Calcutta medical institutions reports 1879-81 [i.e.91]
Year: 1879
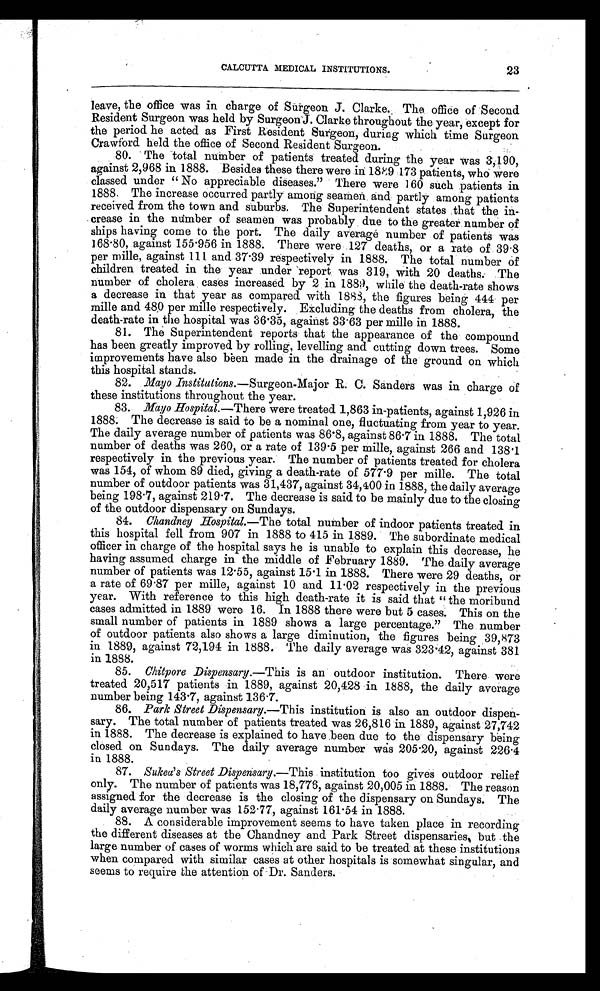
CALCUTTA MEDICAL INSTITUTIONS.
23
leave, the office was in charge of Surgeon J . Clarke. The office of Second
Resident Surgeon was held by Surgeon J. Clarke throughout the year, except for
the period he acted as First Resident Surgeon, during which time Surgeon
Crawford held the office of Second Resident Surgeon.
80. The total number of patients treated during the year was 3,190,
against 2,968 in 1888. Besides these there were in 1889 173 patients, who were
classed under “No appreciable diseases” There were 160 such patients in
1888. The increase occurred partly among seamen and partly among patients
received from the town and suburbs. The Superintendent states that the in-
crease in the number of seamen was probably due to the greater number of
ships having come to the port. The daily average number of patients was
168.80, against 155.956 in 1888. There were 127 deaths, or a rate of 39.8
per mille, against 111 and 37.39 respectively in 1888. The total number of
children treated in the year under report was 319, with 20 deaths. The
number of cholera cases increased by 2 in 1889, while the death-rate shows
a decrease in that year as compared with 1888, the figures being 444 per
mille and 480 per mille respectively. Excluding the deaths from cholera, the
death-rate in the hospital was 36.35, against 33.63 per mille in 1888.
81. The Superintendent reports that the appearance of the compound
has been greatly improved by rolling, levelling and cutting down trees. Some
improvements have also been made in the drainage of the ground on which
this hospital stands.
82. Mayo Institutions .—Surgeon-Major R. C. Sanders was in charge of
these institutions throughout the year.
83. Mayo Hospital.—There were treated 1,863 in-patients, against 1,926 in
1888. The decrease is said to be a nominal one, fluctuating from year to year.
The daily average number of patients was 86.8, against 86.7 in 1888. The total
number of deaths was 260, or a rate of 139.5 per mille, against 266 and 138.1
respectively in the previous year. The number of patients treated for cholera
was 154, of whom 89 died, giving a death-rate of 577.9 per mille. The total
number of outdoor patients was 31,437, against 34,400 in 1888, the daily average
being 198.7, against 219.7. The decrease is said to be mainly due to the closing
of the outdoor dispensary on Sundays.
84. Chandney Hospital.— The total number of indoor patients treated in
this hospital fell from 907 in 1888 to 415 in 1889. The subordinate medical
officer in charge of the hospital says he is unable to explain this decrease, he
having assumed charge in the middle of February 1889. The daily average
number of patients was 12.55, against 15.1 in 1888. There were 29 deaths, or
a rate of 69.87 per mille, against 10 and 11.02 respectively in the previous
year. With reference to this high death-rate it is said that “the moribund
cases admitted in 1889 were 16. In 1888 there were but 5 cases. This on the
small number of patients in 1889 shows a large percentage.” The number
of outdoor patients also shows a large diminution, the figures being 39,873
in 1889, against 72,194 in 1888. The daily average was 323.42, against 381
in 1888.
85. Chitpore Dispensary.—This is an outdoor institution. There were
treated 20,517 patients in 1889, against 20,428 in 1888, the daily average
number being 143.7, against 136.7.
86. Park Street Dispensary.—This institution is also an outdoor dispen-
sary. The total number of patients treated was 26,816 in 1889, against 27,742
in 1888. The decrease is explained to have been due to the dispensary being
closed on Sundays. The daily average number was 205.20, against 226.4
in 1888.
87. Sukea's Street Dispensary.—This institution too gives outdoor relief
only. The number of patients was 18,776, against 20,005 in 1888. The reason
assigned for the decrease is the closing of the dispensary on Sundays. The
daily average number was 152.77, against 161.54 in 1888.
88. A considerable improvement seems to have taken place in recording
the different diseases at the Chandney and Park Street dispensaries, but the
large number of cases of worms which are said to be treated at these institutions
when compared with similar cases at other hospitals is somewhat singular, and
seems to require the attention of Dr. Sanders.